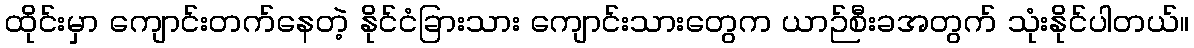
ထိုင်းမှာ ကျောင်းတက်နေတဲ့ နိုင်ငံခြားသား ကျောင်းသားတွေက ယာဉ်စီးခအတွက် သုံးနိုင်ပါတယ်။